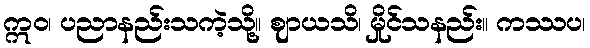
ဣဝ၊ ပညာနည်းသကဲ့သို့။ ဈာယသိ၊ မှိုင်သနည်း။ ကဿပ၊